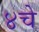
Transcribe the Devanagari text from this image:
४चे